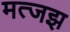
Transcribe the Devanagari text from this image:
मत्जझ